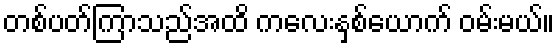
တစ်ပတ်ကြာသည်အထိ ကလေးနှစ်ယောက် ဝမ်းမယ်။